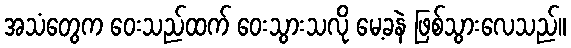
အသံတွေက ဝေးသည်ထက် ဝေးသွားသလို မေ့ခနဲ ဖြစ်သွားလေသည်။